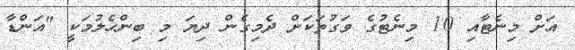
އަށް މިނެޓާއި 10 މިނެޓުގެ ވަގުތަކަށް ދެމިގެން ދިޔަ މި ބިންހެލުމަކީ "އަންޑާ